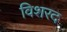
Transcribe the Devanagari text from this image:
विशरद